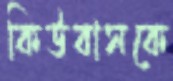
কিউবাসকে